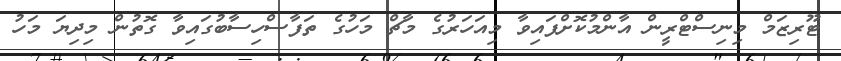
ޓޫރިޒަމް މިނިސްޓްރީން އާންމުކޮށްފައިވާ މިއަހަރުގެ މާޗް މަހުގެ ތަފާސްހިސާބުގައިވާ ގޮތުން މިދިޔަ މަހު